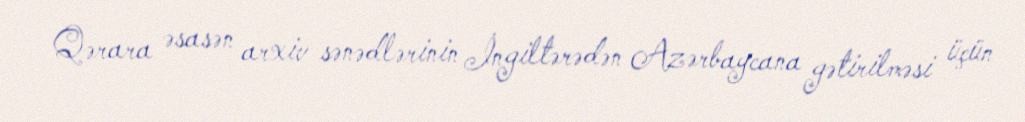
Qərara əsasən arxiv sənədlərinin İngiltərədən Azərbaycana gətirilməsi üçün